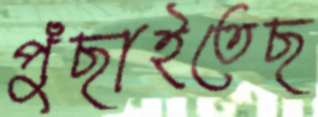
পুঁছাইতেছ